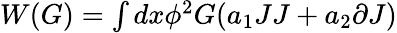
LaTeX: \begin{array}{l}{{W(G)=\int dx\phi^{2}G(a_{1}JJ+a_{2}\partial J)}}\end{array}